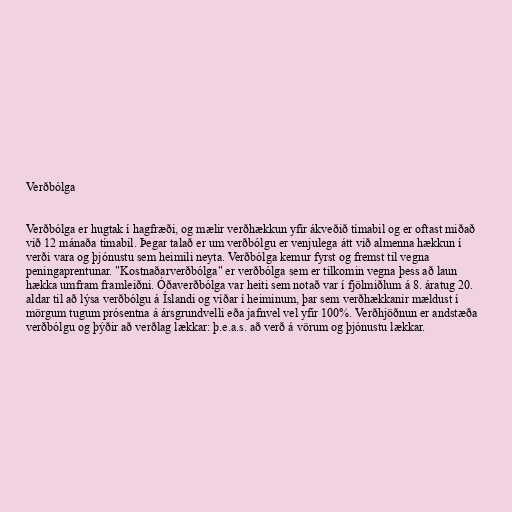
Verðbólga

Verðbólga er hugtak í hagfræði, og mælir verðhækkun yfir ákveðið tímabil og er oftast miðað
við 12 mánaða tímabil. Þegar talað er um verðbólgu er venjulega átt við almenna hækkun í
verði vara og þjónustu sem heimili neyta. Verðbólga kemur fyrst og fremst til vegna
peningaprentunar. "Kostnaðarverðbólga" er verðbólga sem er tilkomin vegna þess að laun
hækka umfram framleiðni. Óðaverðbólga var heiti sem notað var í fjölmiðlum á 8. áratug 20.
aldar til að lýsa verðbólgu á Íslandi og víðar í heiminum, þar sem verðhækkanir mældust í
mörgum tugum prósentna á ársgrundvelli eða jafnvel vel yfir 100%. Verðhjöðnun er andstæða
verðbólgu og þýðir að verðlag lækkar: þ.e.a.s. að verð á vörum og þjónustu lækkar.